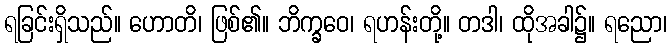
ရခြင်းရှိသည်။ ဟောတိ၊ ဖြစ်၏။ ဘိက္ခဝေ၊ ရဟန်းတို့။ တဒါ၊ ထိုအခါ၌။ ရညော၊